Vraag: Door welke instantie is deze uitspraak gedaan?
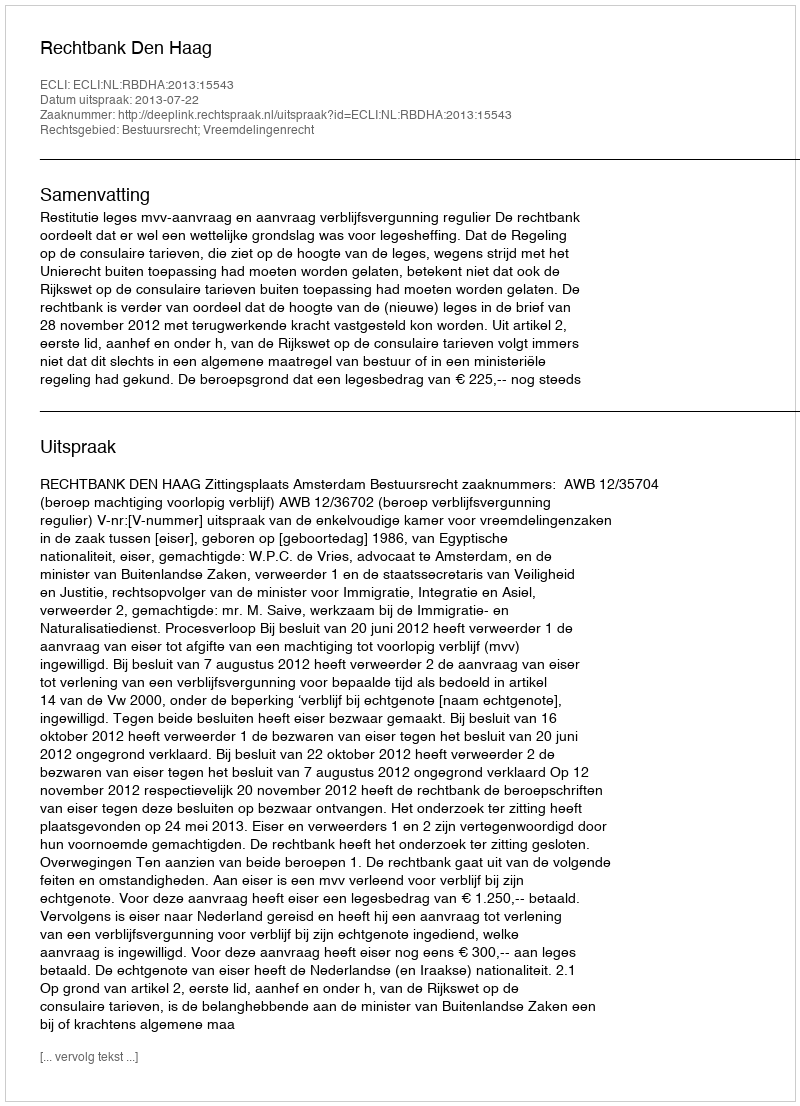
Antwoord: Rechtbank Den Haag